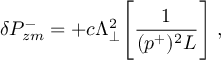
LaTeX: \delta P _ { z m } ^ { - } = + c \Lambda _ { \perp } ^ { 2 } \Biggl [ { \frac { 1 } { ( p ^ { + } ) ^ { 2 } L } } \Biggr ] \; ,